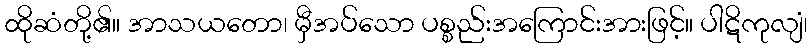
ထိုဆံတို့၏။ အာသယတော၊ မှီအပ်သော ပစ္စည်းအကြောင်းအားဖြင့်။ ပါဋိကုလျံ၊